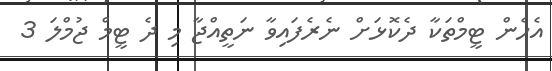
އެހެން ޓީމްތަކާ ދެކޮޅަށް ނެރެފައިވާ ނަތީއްޖާ މި ދެ ޓީމް ޖުމްލަ 3